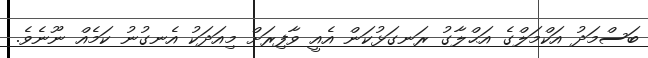
ބަސްމަދު އަކްމަލްގެ އަޙްލާގު ރަނގަޅުކަން އެއީ ވާފިރަށް މިއަދަކު އެނގުނު ކަމެއް ނޫނެވެ.